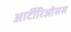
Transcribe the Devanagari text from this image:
आर्टीरिओसस